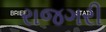
રાજગરી